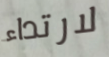
لارتداء